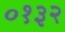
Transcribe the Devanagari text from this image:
०१३२